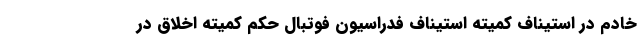
خادم در استیناف کمیته استیناف فدراسیون فوتبال حکم کمیته اخلاق در